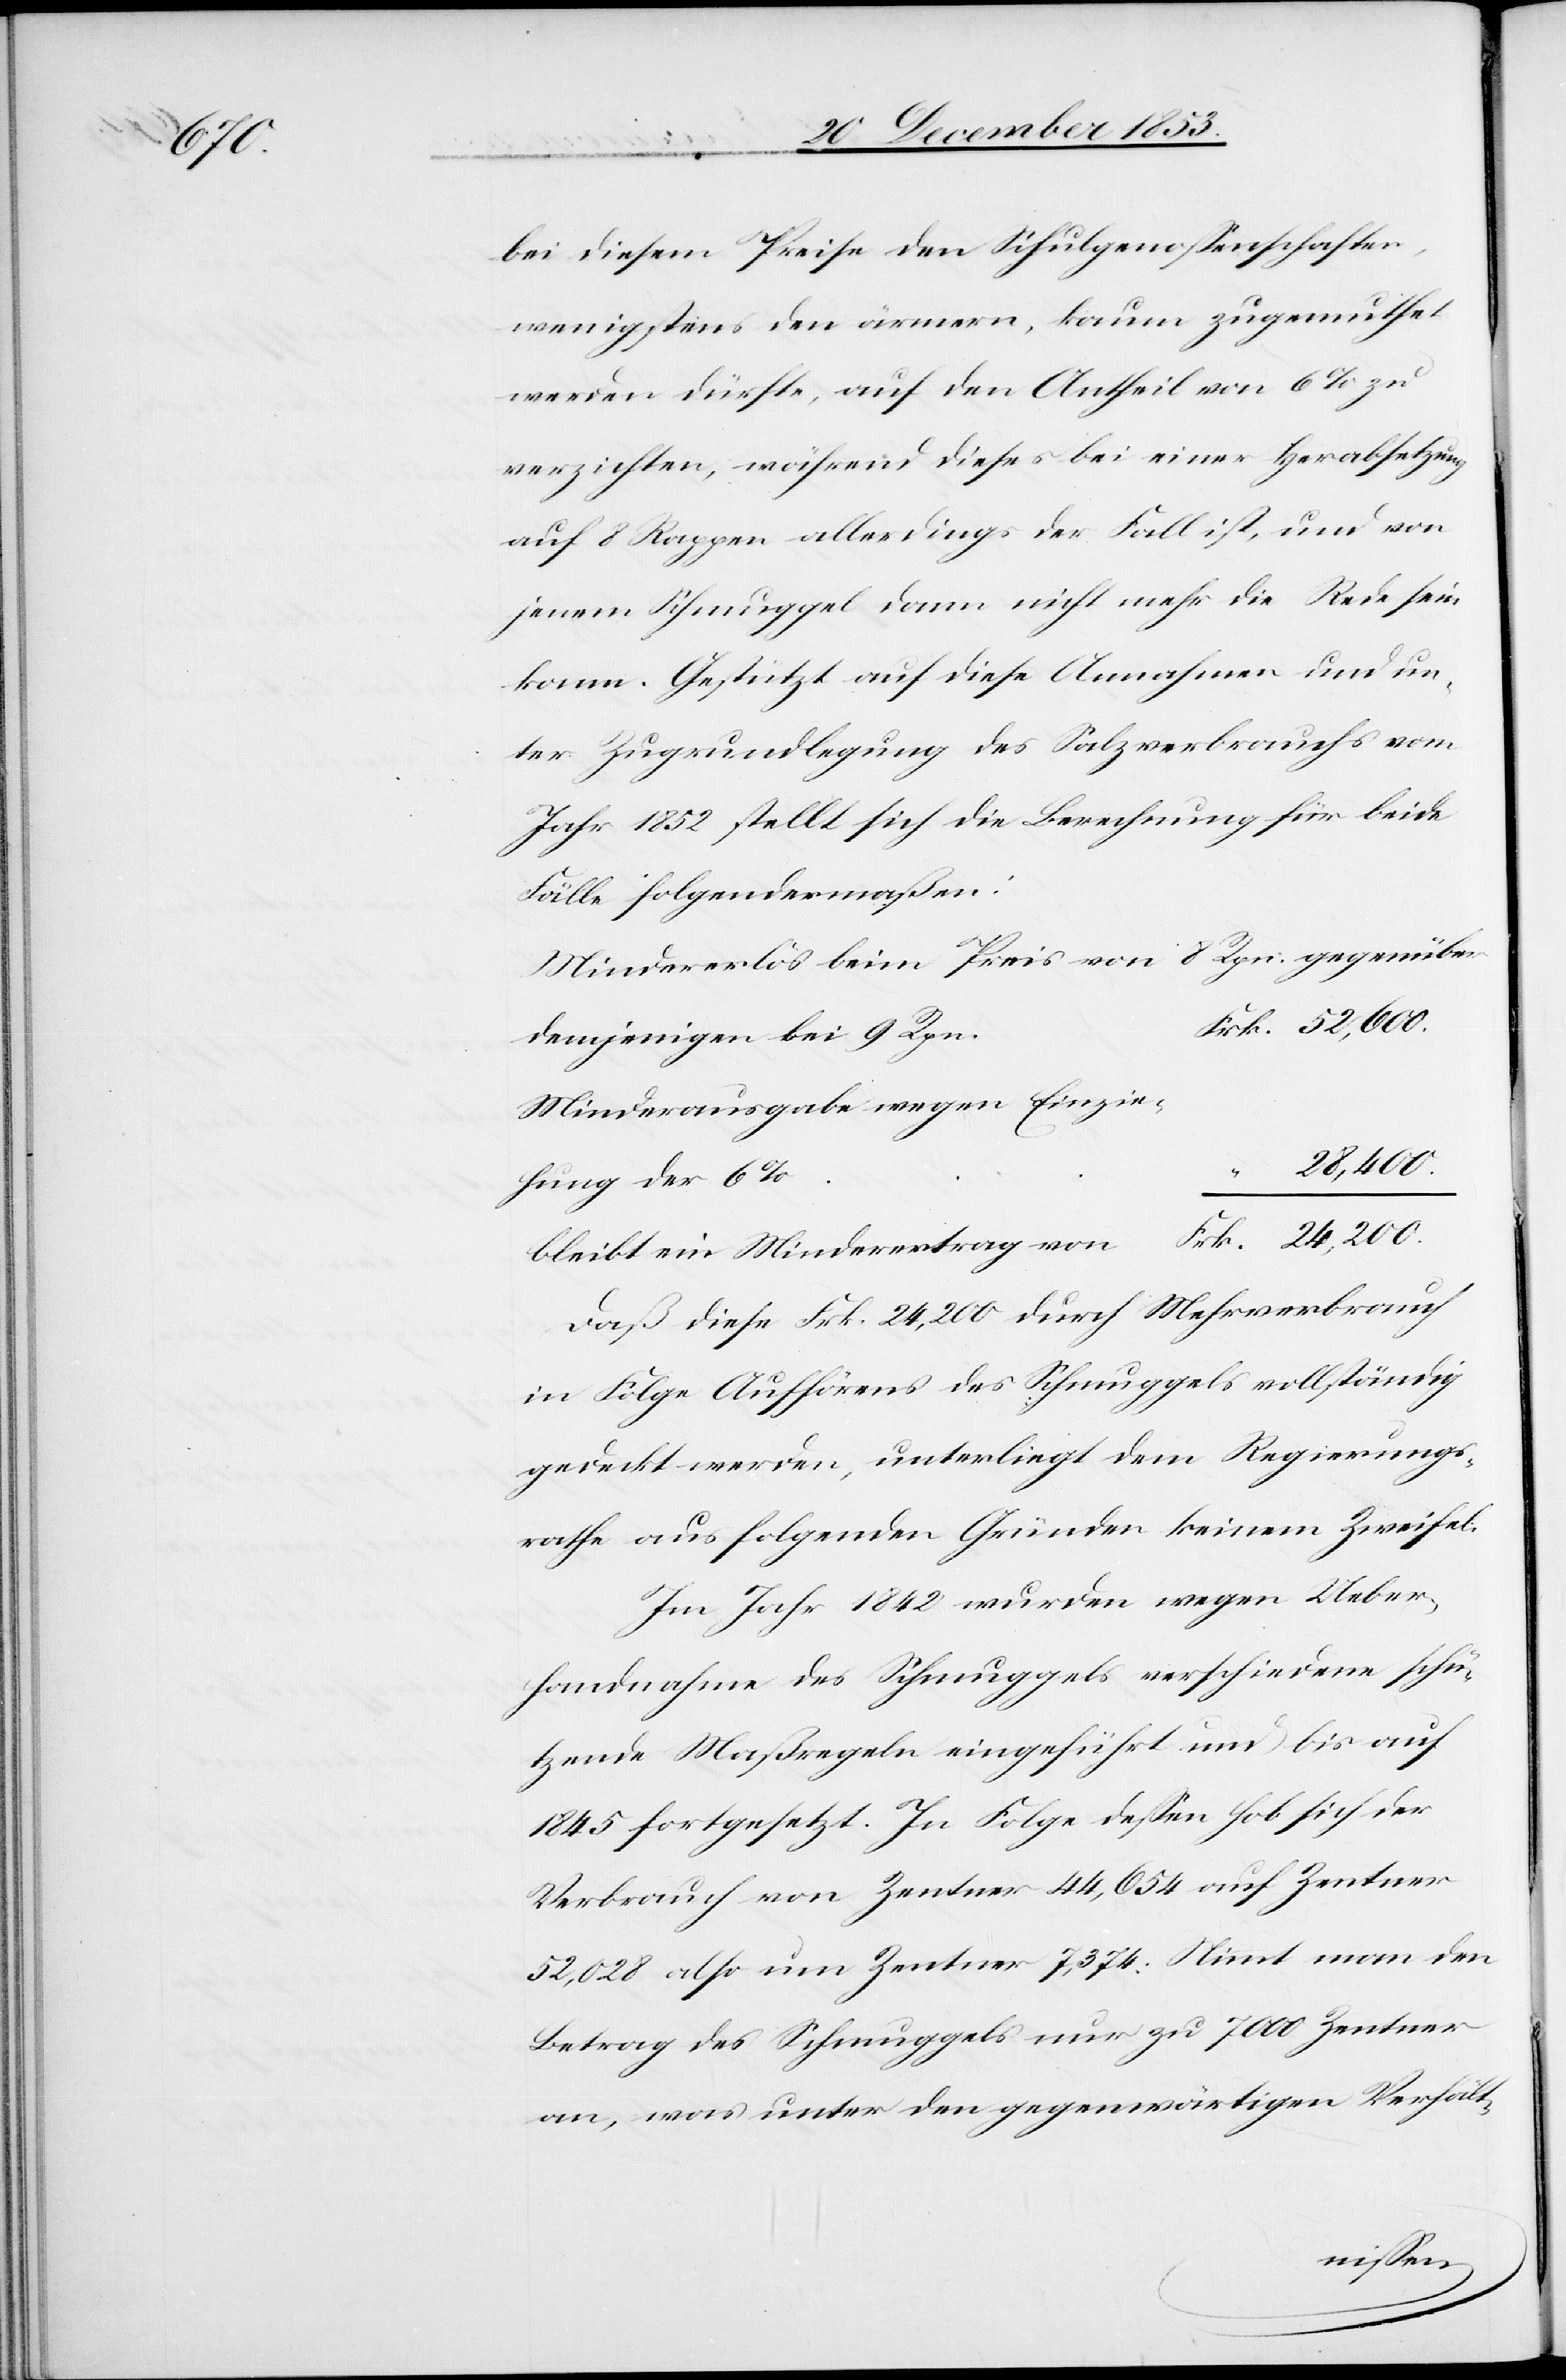
der

bei diesen Preisen den Schulgenoßenschaften,
wenigstens den ärmern, kaum zugemuthet
werden dürfte, auf den Antheil von 6% zu
verzichten, während dieses bei einer Herabsetzung
auf 8 Rappen allerdings der Fall ist, und von
jenem Schmuggel dann nicht mehr die Rede sein
kann. Gestützt auf diese Annahmen und un¬
ter Zugrundlegung des Salzverbrauches vom
Jahr 1852 stellt sich die Berechnung für beide
Fälle folgendermaßen:
Mindererlös beim Preis von 8 Rpn. gegenüber
Frk. 52,600.
denjenigen bei 9 Rpn.
Minderausgaben wegen Einzie¬
28,400.
bleibt ein Minderertrag von 					Frk. 24,200.
Daß diese Frk. 24,200 durch Mehrverbrauch
in Folge Aufhörens des Schmuggels vollständig
gedeckt werden, unterliegt dem Regierungs¬
rathe aus folgenden Gründen keinen Zweifel.
Im Jahr 1842 wurden wegen Ueber¬
handnahme des Schmuggels verschiedene schü¬
tzende Maßregeln eingeführt und bis auf
1845 fortgesetzt. In Folge deßen sich der
Verbrauch von Zentner 44,654 auf Zentner
52,028 also um Zentner 7,374 [sic!]: Nimmt man den
Betrag des Schmuggels nur zu 7000 Zentner
an, was unter den gegenwärtigen Verhält-